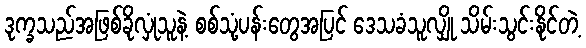
ဒုက္ခသည်အဖြစ်ခိုလှုံသူနဲ့ စစ်သုံ့ပန်းတွေအပြင် ဒေသခံသူလျှို သိမ်းသွင်းနိုင်တဲ့